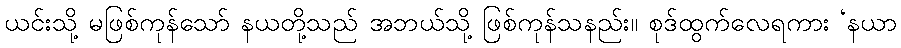
ယင်းသို့ မဖြစ်ကုန်သော် နယတို့သည် အဘယ်သို့ ဖြစ်ကုန်သနည်း။ စုဒ်ထွက်လေရကား ‘နယာ